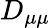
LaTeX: D_{\mu\mu}